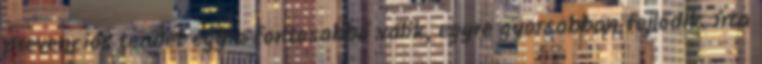
prevenciós terület egyre fontosabbá válik, egyre gyorsabban fejlődik. írta